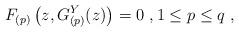
LaTeX: \begin{align*}F_{(p)}\left(z,G_{(p)}^Y(z)\right)=0\ ,1\leq p\leq q\ ,\end{align*}